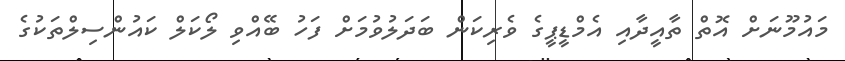
މައުމޫނަށް އޮތް ތާއީދާއި އެމްޑީޕީގެ ވެރިކަން ބަދަލުވުމަށް ފަހު ބޭއްވި ލޯކަލް ކައުންސިލްތަކުގެ